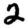
Digit: 2